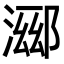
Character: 𬈖